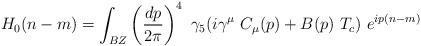
LaTeX: \begin{align*}H_0(n-m)=\int_{BZ} \left({dp\over 2\pi}\right)^4\ \gamma_5(i\gamma^\mu\ C_\mu(p)+B(p)\ T_c)\ e^{ip(n-m)}\end{align*}